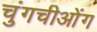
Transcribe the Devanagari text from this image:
चुंगचीओंग